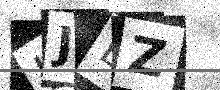
Text: LJBZ